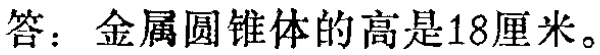
答：金属圆锥体的高是18厘米。